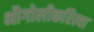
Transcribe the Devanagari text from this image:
भौगोलीकरित्या